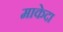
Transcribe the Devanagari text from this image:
माकेदा